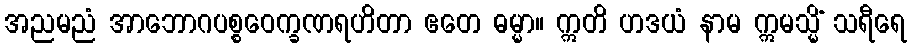
အညမညံ အာဘောဂပစ္စဝေက္ခဏရဟိတာ ဧတေ ဓမ္မာ။ ဣတိ ဟဒယံ နာမ ဣမသ္မိံ သရီရေ